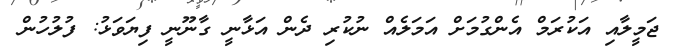
ޖަމީލާއި އަކުރަމް އެންގުމަށް އަމަލެއް ނުކުރި ދެން އަޅާނީ ގާނޫނީ ފިޔަވަޅު: ފުލުހުން